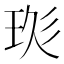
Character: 𤥍